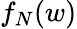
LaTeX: f_{N}(w)